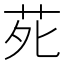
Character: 𫟍